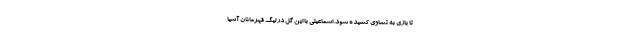
تا بازی به تساوی کشیده شود. اسماعیلی با این گل در لیگ قهرمانان آسیا